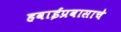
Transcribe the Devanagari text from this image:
हवाईप्रवासाचे